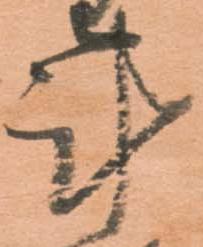
計